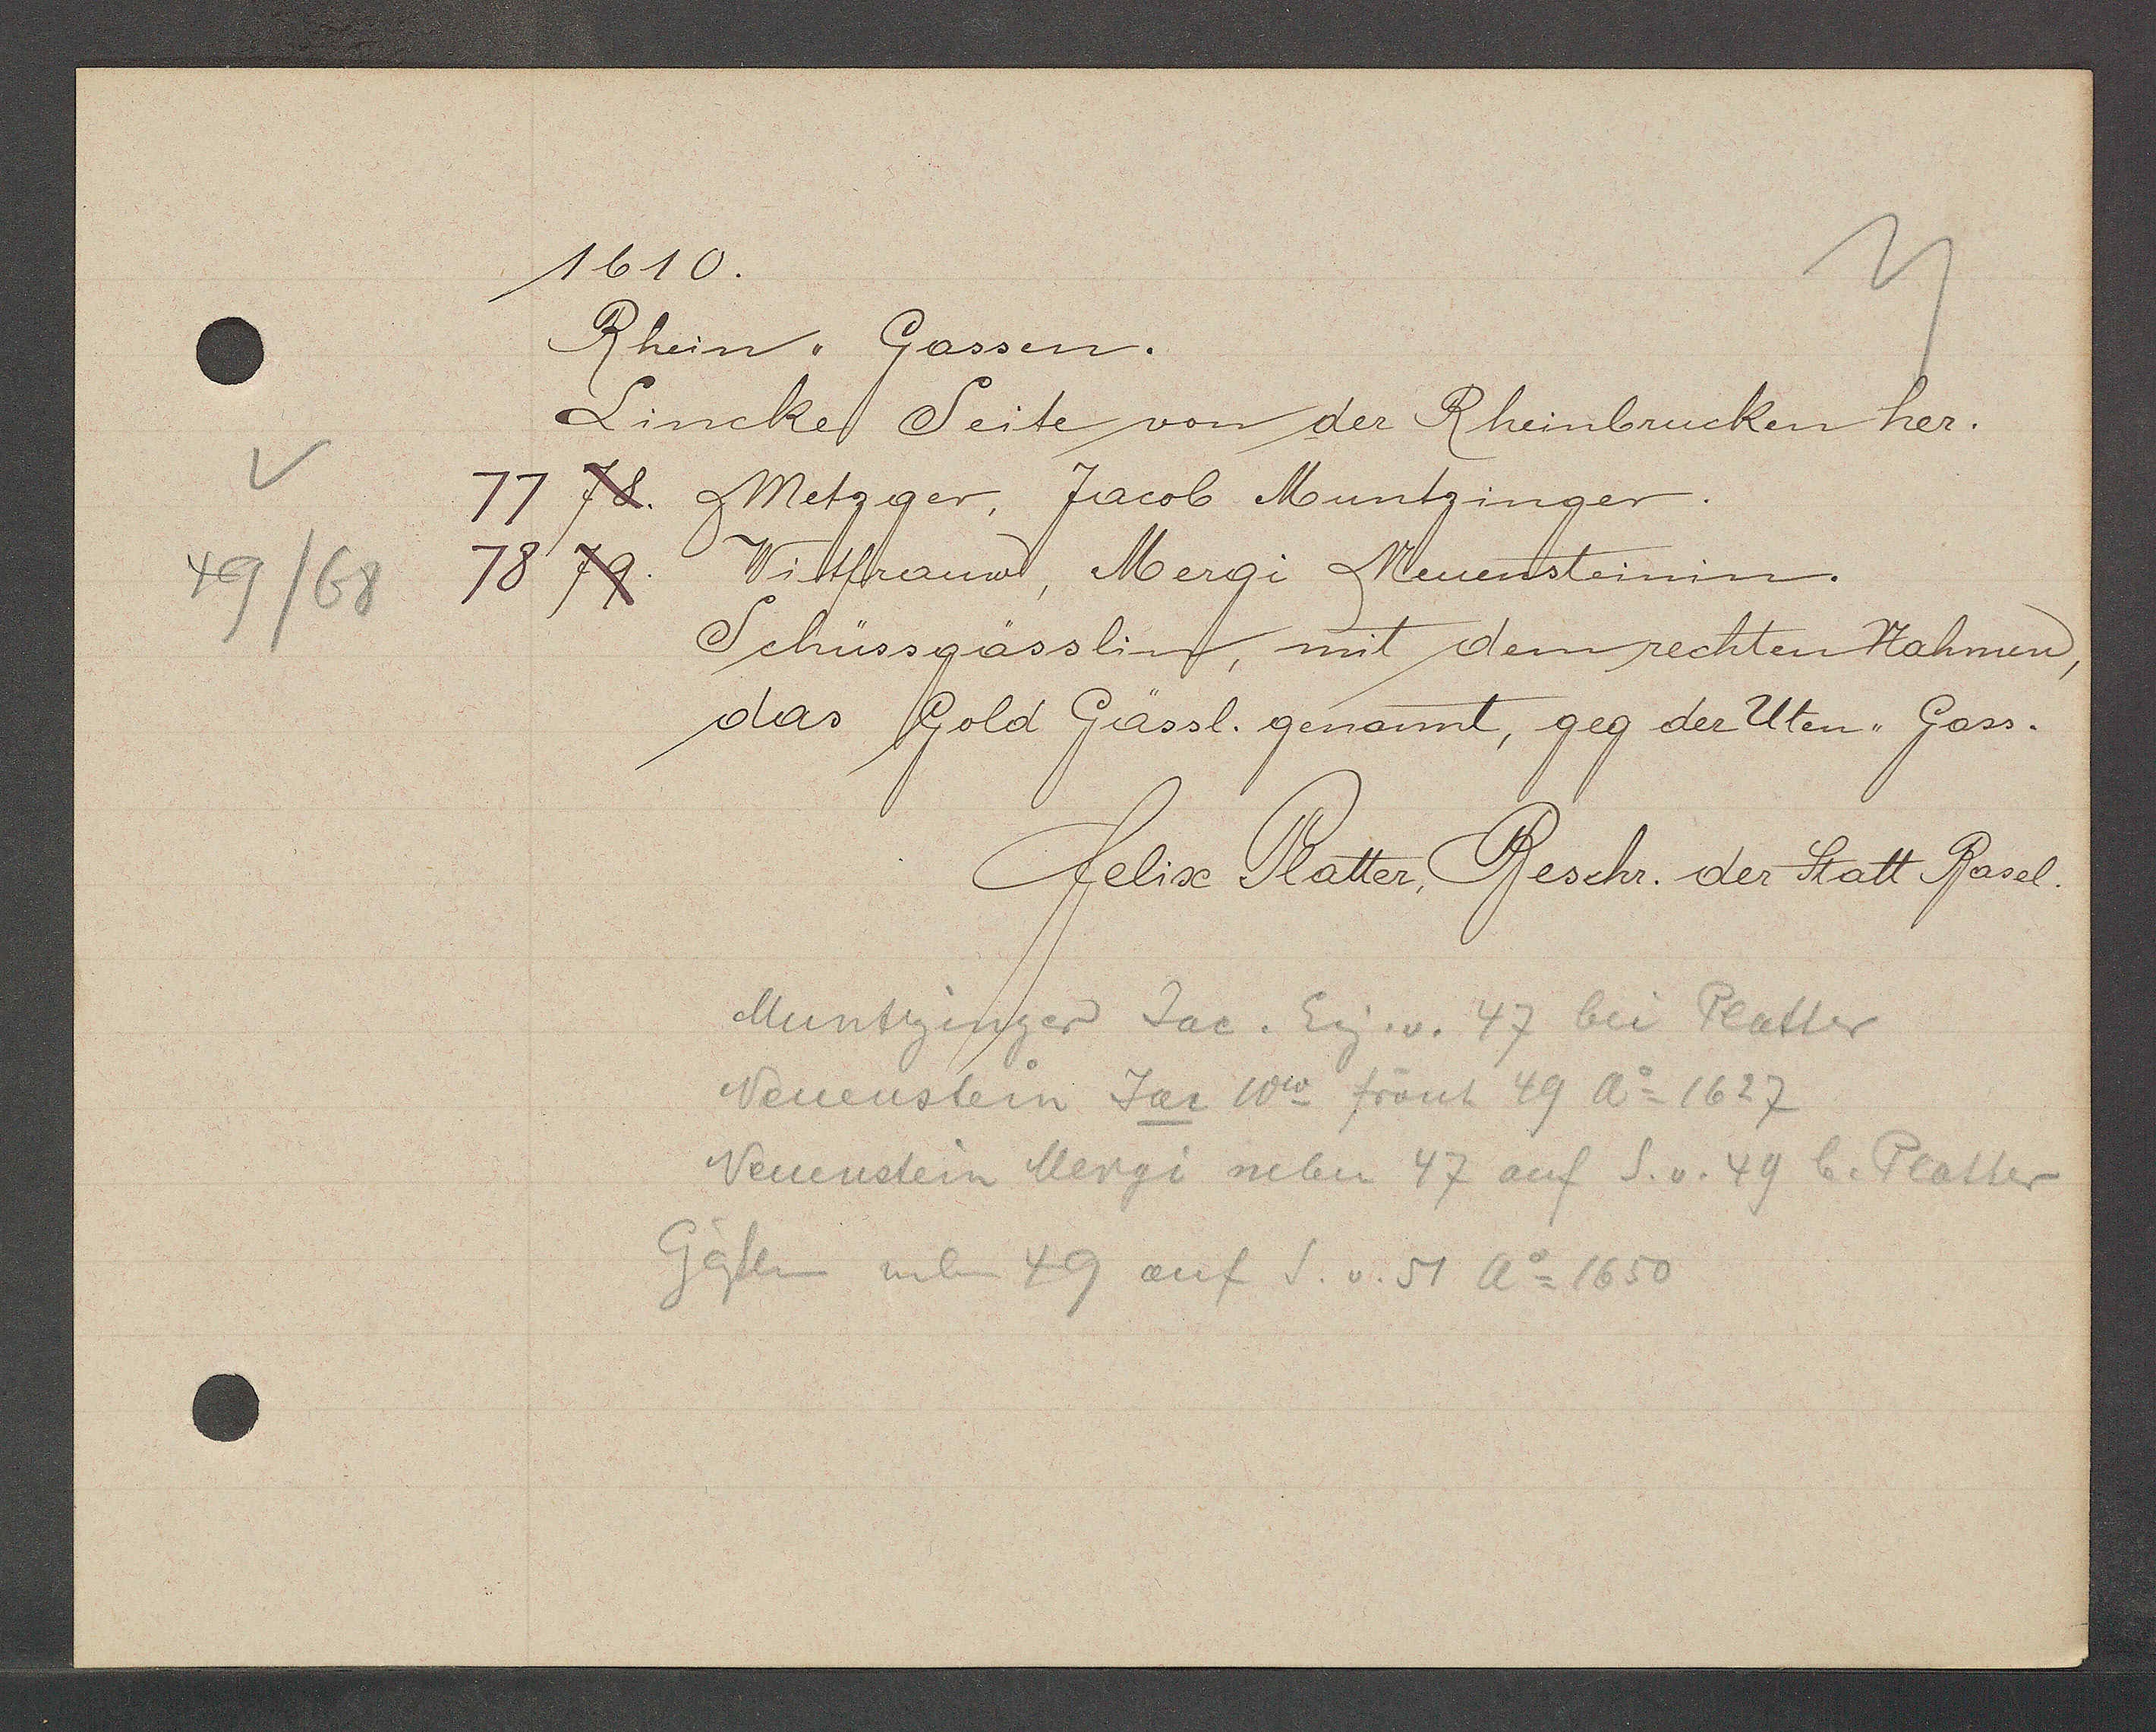
Transcript:
49/68

1610.

Rhein,, Gassen.
Lincke Seite von der Rheinbrucken her.
77. Metzger, Jacob Muntzinger.
78. Witfrauw, Mergi Neuensteinin.
Schüssgässlin, mit dem rechten Nahmen,
das Gold Gässl. genannt, geg der Uten ,, Gass.

Felix Platter, Beschr. der Statt Basel.

Muntzinger Jac. Eig. v. 47 bei Platter
Neuenstein Jac Ww frönt 49 Ao 1627
Neuenstein Mergi neben 47 auf S. v. 49 b. Platter
Gässlin neben 49 auf S. v. 51 Ao 1650